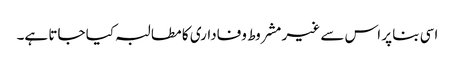
اسی بنا پر اس سے غیر مشروط وفاداری کا مطالبہ کیا جاتا ہے۔